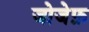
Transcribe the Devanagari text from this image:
जोजेफ़